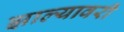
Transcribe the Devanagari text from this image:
झाल्यावरी